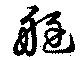
艇